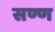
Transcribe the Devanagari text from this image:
सण्ण